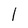
Character: 1